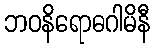
ဘဝနိရောဓဂါမိနီ